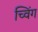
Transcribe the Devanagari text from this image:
च्विंग